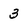
Character: 3